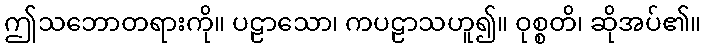
ဤသဘောတရားကို။ ပဠာသော၊ ကပဠာသဟူ၍။ ဝုစ္စတိ၊ ဆိုအပ်၏။